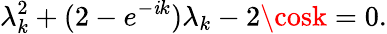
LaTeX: \lambda_{k}^{2}+(2-e^{-\mathit{i}k})\lambda_{k}-2\cosk=0.